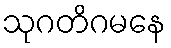
သုဂတိဂမနေ